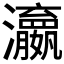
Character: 𬉫